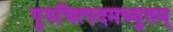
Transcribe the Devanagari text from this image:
गुरुचित्पदमच्युतम्